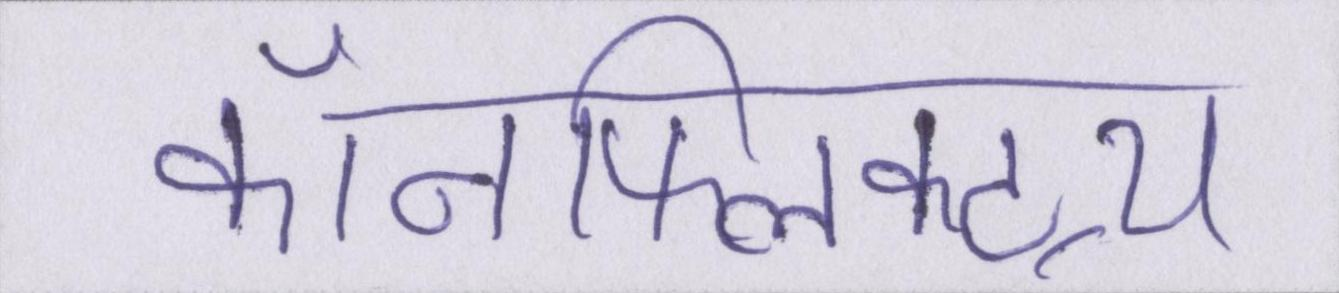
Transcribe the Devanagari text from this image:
कॉनफ्लिक्ट्स